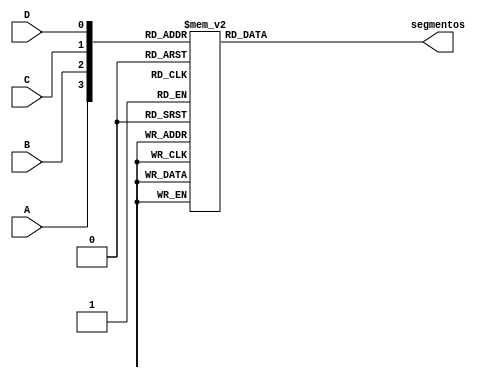
module decoder (A, B, C, D, segmentos);

input A, B, C, D;
output reg [6:0] segmentos;

always @(*)
	case ({A, B, C, D})
		4'b0000: segmentos = 7'b1000000;
		4'b0001: segmentos = 7'b1111001;
		4'b0010: segmentos = 7'b0100100;
		4'b0011: segmentos = 7'b0110000;
		4'b0100: segmentos = 7'b0011001;
		4'b0101: segmentos = 7'b0010010;
		4'b0110: segmentos = 7'b0000010;
		4'b0111: segmentos = 7'b1111000;
		4'b1000: segmentos = 7'b0000000;
		4'b1001: segmentos = 7'b0010000;
		default: segmentos = 7'b1111111;
	endcase

endmodule